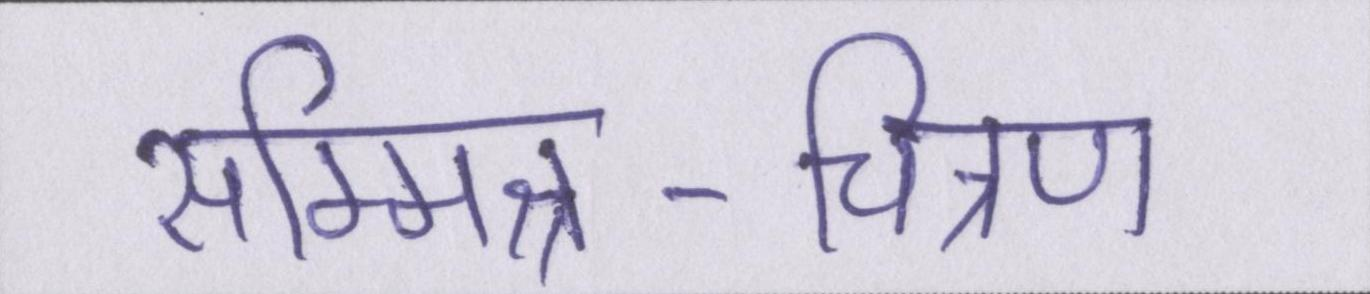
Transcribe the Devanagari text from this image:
सम्मिश्र-चित्रण